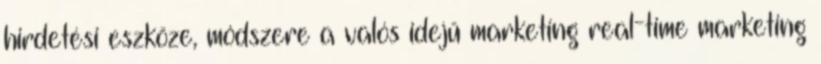
hirdetési eszköze, módszere a valós idejű marketing real-time marketing